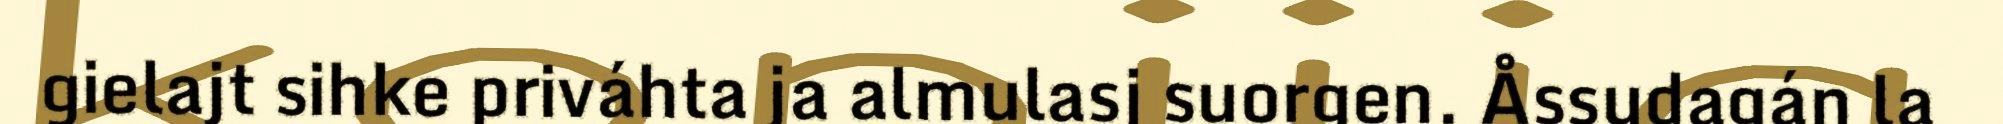
gielajt sihke priváhta ja almulasj suorgen. Åssudagán la